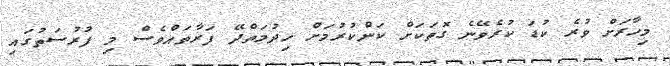
މިހާރަށް ވުރެ ކުޑަ ކުރެވޭނެ ގޮތަކަށް ކަންކުރުމަށް ހިދުމަތްދޭ ފަރާތައްވެސް މި ފުރުސަތުގައި